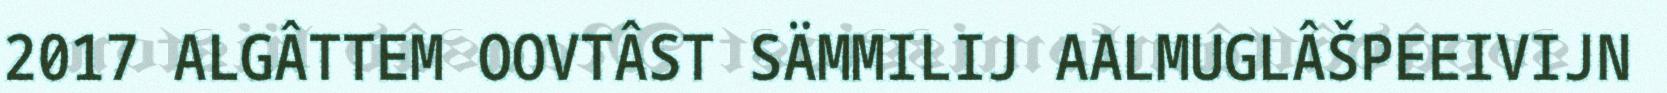
2017 ALGÂTTEM OOVTÂST SÄMMILIJ AALMUGLÂŠPEEIVIJN